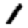
Digit: 1